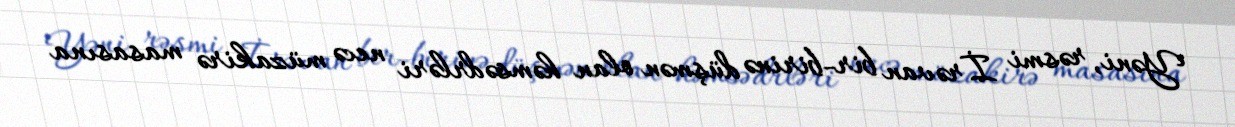
Yəni, rəsmi İrəvan bir-birinə düşmən olan həmsədrləri necə müzakirə masasına